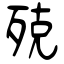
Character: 殑